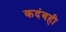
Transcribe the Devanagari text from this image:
कदंबही